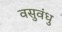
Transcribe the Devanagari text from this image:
वसुवंधु